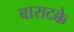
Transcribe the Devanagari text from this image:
बाराटक्के